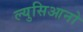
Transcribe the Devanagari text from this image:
ल्युसिआनो